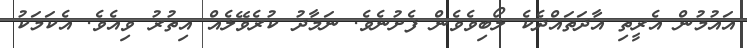
އައުމުން އެރީތި އާދަތައްދެކެ ލޯބިވެވެން ފެށުނެވެ. ނަމާދު ކުރެވޭލެއް އިތުރު ވިއެވެ. އެކަމަކު